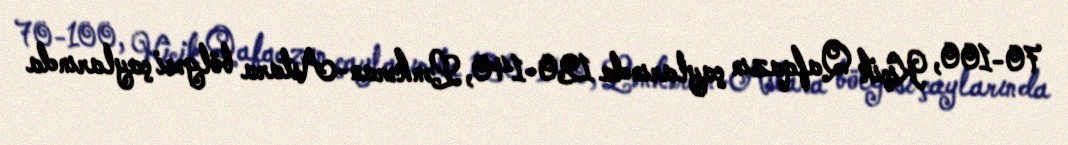
70-100, Kiçik Qafqazın çaylarında 120-140, Lənkəran-Astara bölgəsi çaylarında